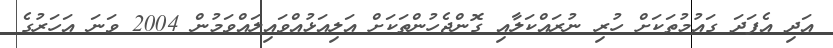
އަދި އެފަދަ ގައުމުތަކަށް ހުރި ނުރައްކަލާއި ގޮންޖެހުންތަކަށް އަލިއަޅުއްވައިލައްވަމުން 2004 ވަނަ އަހަރުގެ